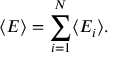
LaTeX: \langle E \rangle = \sum _ { i = 1 } ^ { N } \langle E _ { i } \rangle .